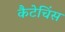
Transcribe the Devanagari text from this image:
कैटेचिंस